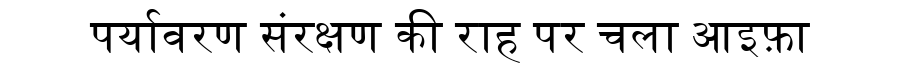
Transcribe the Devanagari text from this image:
पर्यावरण संरक्षण की राह पर चला आइफ़ा